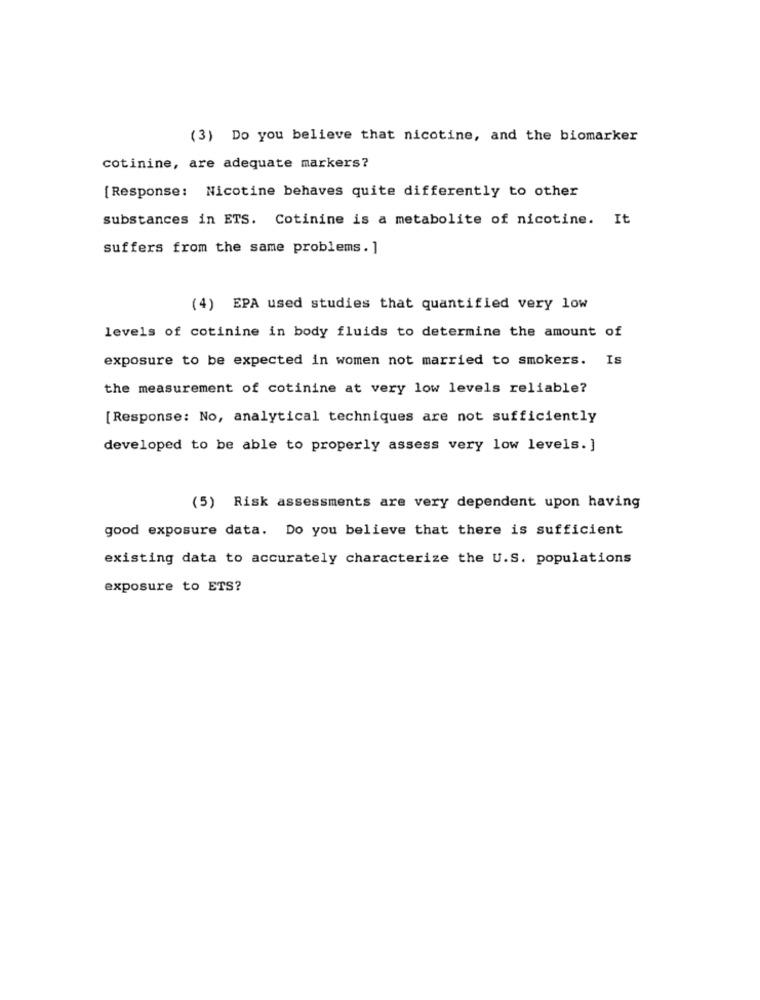
(3) Do you believe that nicotine, and the biomarker
cotinine, are adequate markers?
[Response: Nicotine behaves quite differently to other
substances in ETS. Cotinine is a metabolite of nicotine. It
suffers from the same problems. ]
(4) EPA used studies that quantified very low
levels of cotinine in body fluids to determine the amount of
exposure to be expected in women not married to smokers. Is
the measurement of cotinine at very low levels reliable?
[Response: No, analytical techniques are not sufficiently
developed to be able to properly assess very low levels. ]
(5) Risk assessments are very dependent upon having
good exposure data. Do you believe that there is sufficient
existing data to accurately characterize the U.S. populations
exposure to ETS?